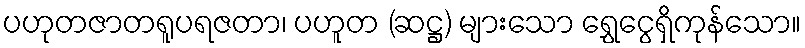
ပဟုတဇာတရူပရဇတာ၊ ပဟူတ (ဆဋ္ဌ) များသော ရွှေငွေရှိကုန်သော။